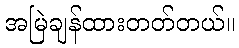
အမြဲချန်ထားတတ်တယ်။